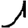
Digit: 1